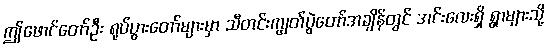
ဤဖောင်တော်ဦး ရုပ်ပွားတော်များမှာ သီတင်းကျွတ်ပွဲတော်အချိန်တွင် အင်းလေးရှိ ရွာများသို့